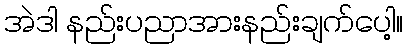
အဲဒါ နည်းပညာအားနည်းချက်ပေါ့။